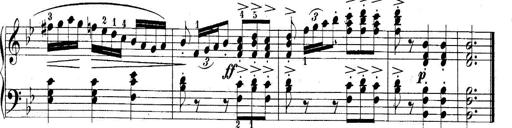
Title: 10 Sonatines progressives
Composer: Anton Schmoll